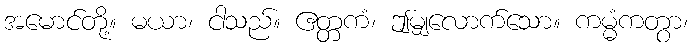
အမောင်တို့။ မယာ၊ ငါသည်။ ဧတ္တကံ၊ ဤမျှလောက်သော။ ကမ္မံကတွာ၊